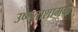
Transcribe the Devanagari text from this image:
उष्णताशामक